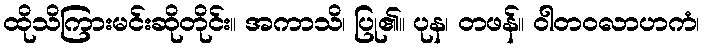
ထိုသိကြားမင်းဆိုတိုင်း။ အကာသိ၊ ပြု၏။ ပုန၊ တဖန်။ ဝါတဝလာဟကံ၊